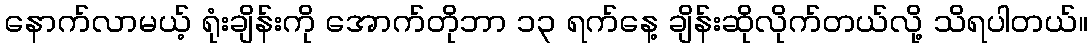
နောက်လာမယ့် ရုံးချိန်းကို အောက်တိုဘာ ၁၃ ရက်နေ့ ချိန်းဆိုလိုက်တယ်လို့ သိရပါတယ်။